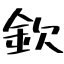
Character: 欽